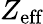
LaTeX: Z_{\textrm{eff}}